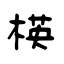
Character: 楧